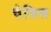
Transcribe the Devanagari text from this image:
चेलिस